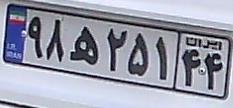
۹۸ه۲۵۱۴۴